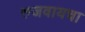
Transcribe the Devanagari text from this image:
रुजवायचा